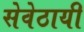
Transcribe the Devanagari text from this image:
सेवेठायी